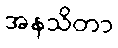
အနသိတာ